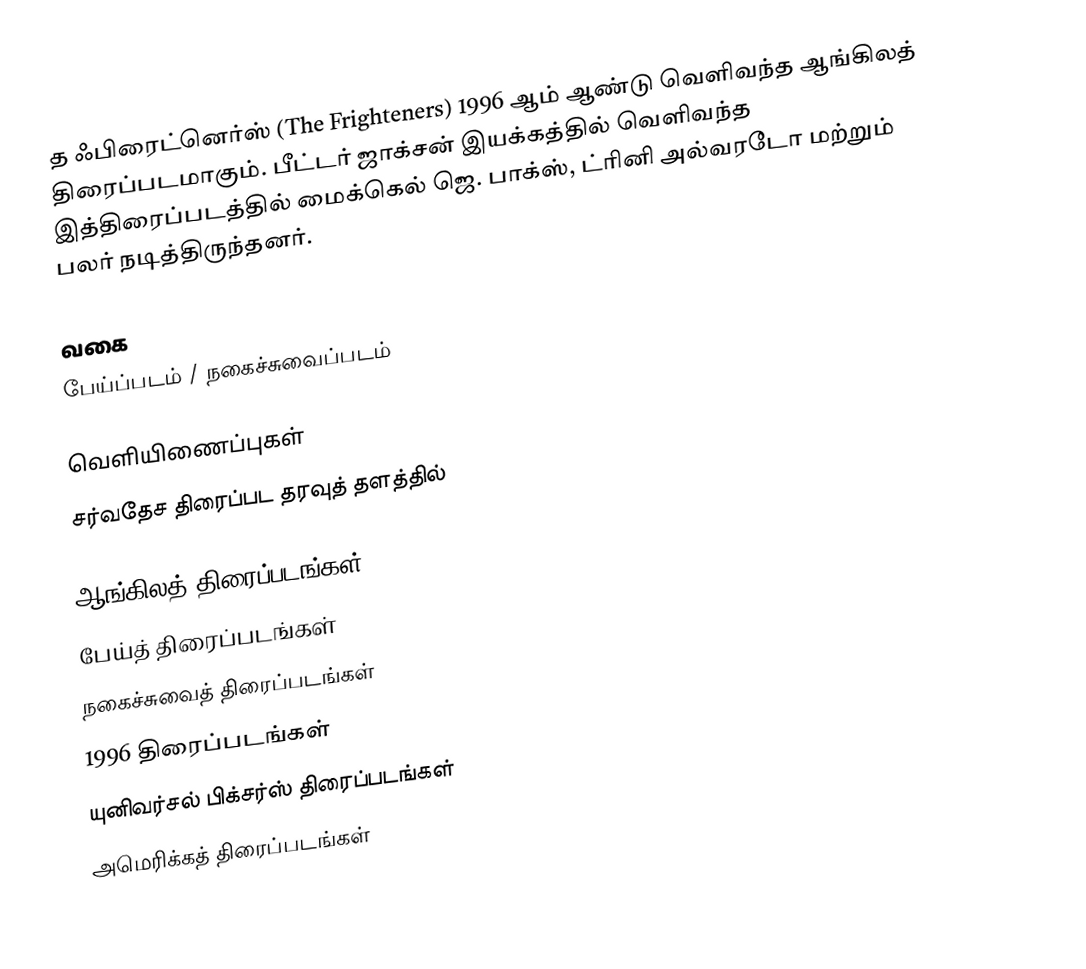
த ஃபிரைட்னெர்ஸ்  (The Frighteners) 1996 ஆம் ஆண்டு வெளிவந்த ஆங்கிலத் திரைப்படமாகும். பீட்டர் ஜாக்சன் இயக்கத்தில் வெளிவந்த இத்திரைப்படத்தில் மைக்கெல் ஜெ. பாக்ஸ், ட்ரினி அல்வரடோ மற்றும் பலர் நடித்திருந்தனர்.

வகை
பேய்ப்படம் / நகைச்சுவைப்படம்

வெளியிணைப்புகள்
சர்வதேச திரைப்பட தரவுத் தளத்தில்

ஆங்கிலத் திரைப்படங்கள்
பேய்த் திரைப்படங்கள்
நகைச்சுவைத் திரைப்படங்கள்
1996 திரைப்படங்கள்
யுனிவர்சல் பிக்சர்ஸ் திரைப்படங்கள்
அமெரிக்கத் திரைப்படங்கள்